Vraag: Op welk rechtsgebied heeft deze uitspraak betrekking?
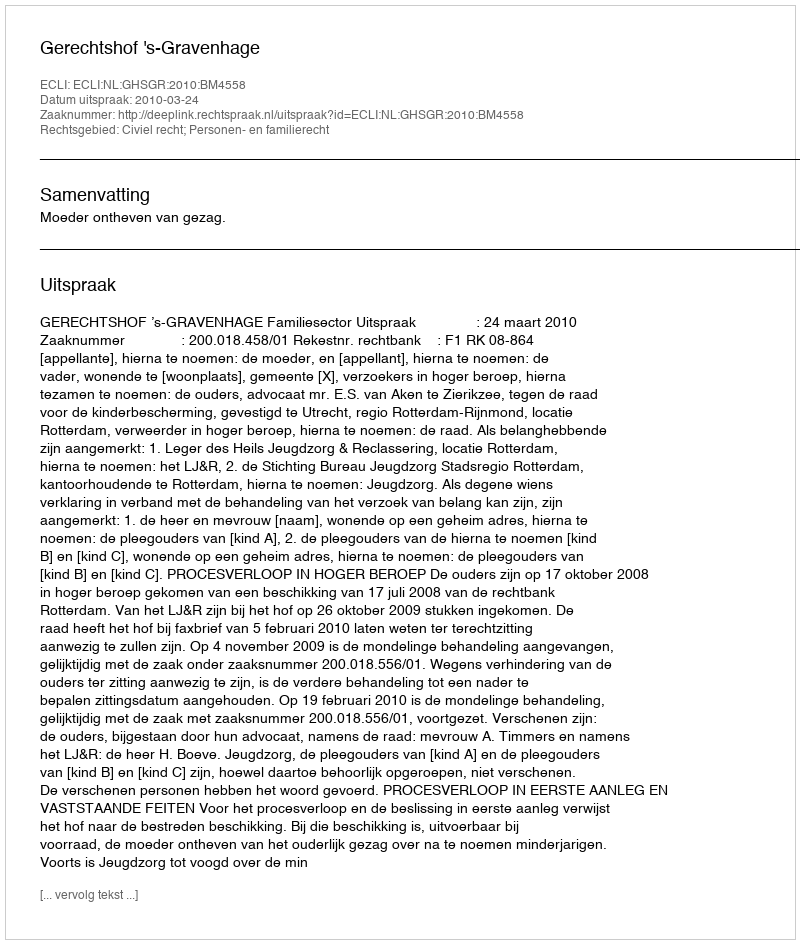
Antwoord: Civiel recht; Personen- en familierecht